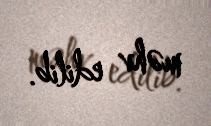
məhv edilib.